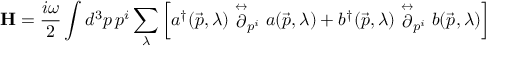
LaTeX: { \bf H } = \frac { i \omega } { 2 } \int d ^ { 3 } p \, p ^ { i } \sum _ { \lambda } \left[ a ^ { \dagger } ( \vec { p } , \lambda ) \stackrel { \leftrightarrow } { \partial } _ { p ^ { i } } a ( \vec { p } , \lambda ) + b ^ { \dagger } ( \vec { p } , \lambda ) \stackrel { \leftrightarrow } { \partial } _ { p ^ { i } } b ( \vec { p } , \lambda ) \right]